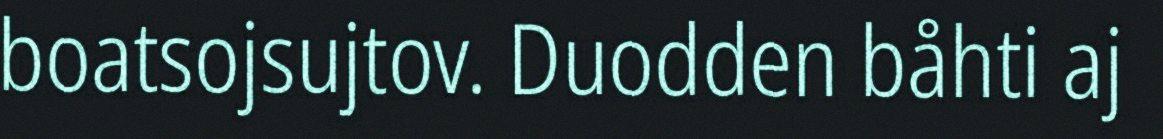
boatsojsujtov. Duodden båhti aj